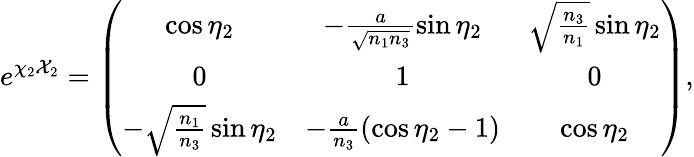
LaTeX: e^{\chi_{2}{\cal X}_{2}}=\left(\begin{array}{ccc}{{\cos{\eta_{2}}}}&{{-\frac{a}{\sqrt{n_{1}n_{3}}}\sin{\eta_{2}}}}&{{\sqrt{\frac{n_{3}}{n_{1}}}\sin{\eta_{2}}}}\\ {{0}}&{{1}}&{{0}}\\ {{-\sqrt{\frac{n_{1}}{n_{3}}}\sin{\eta_{2}}}}&{{-\frac{a}{n_{3}}(\cos{\eta_{2}}-1)}}&{{\cos{\eta_{2}}}}\end{array}\right),